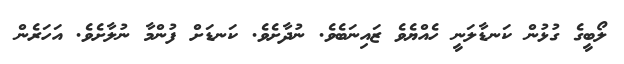
ލޯބީގެ ގުޅުން ކަނޑާލަނީ ހެއްޔެވެ ޒައިނަބެވެ. ނުދާށެވެ. ކަނޑަށް ފުންމާ ނުލާށެވެ. އަހަރެން